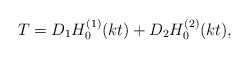
\begin{align*}T=D_1 H_0^{(1)}(kt)+D_2 H_0^{(2)}(kt),\end{align*}